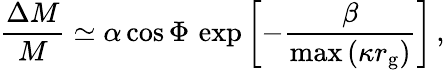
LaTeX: \frac{\Delta M}{M}\simeq\alpha\cos\Phi\, \exp\left[-\frac{\beta}{\mathrm{max}\left(\kappa r_{\mathrm{g}}\right)}\right]\, ,